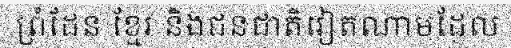
ព្រំដែន ខ្មែរ និងជនជាតិវៀតណាមដែល